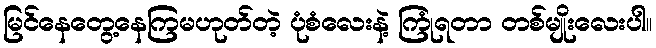
မြင်နေတွေ့နေကြမဟုတ်တဲ့ ပုံစံလေးနဲ့ ကြုံရတာ တစ်မျိုးလေးပါ။